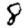
Digit: 8